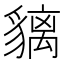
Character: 𧴁